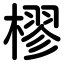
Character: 樛